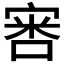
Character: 𫳢